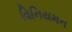
વિનિયમન